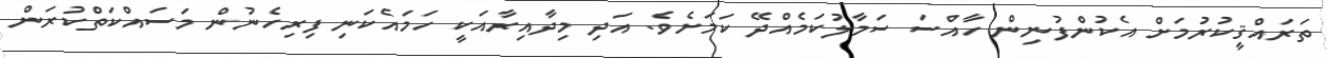
ތަރައްޤީކުރުމަށް އެކުންފުނިން ހާއްސަ ސަމާލުކަމެއްދޭ ކަމަށެވެ. އަދި މިދާއިރާއަކީ ހަމައެކަނި ފިރިހެނުން މަސައްކަތްކުރަން